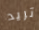
تريد